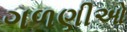
ગળણીઓ